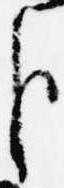
臣